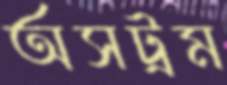
অসট্রম